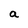
Character: a